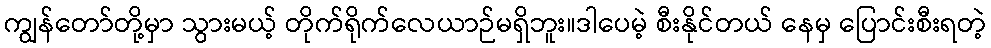
ကျွန်တော်တို့မှာ သွားမယ့် တိုက်ရိုက်လေယာဉ်မရှိဘူး။ဒါပေမဲ့ စီးနိုင်တယ် နေမှ ပြောင်းစီးရတဲ့